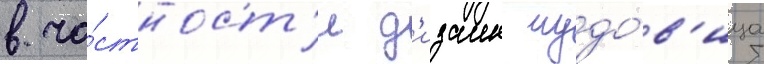
в ча́стност'и д'изаин чудо́в'ища